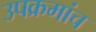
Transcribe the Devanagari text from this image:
उपक्रमांच